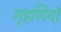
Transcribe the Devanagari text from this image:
गृहणियाँ